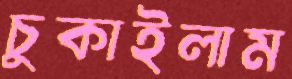
চুকাইলাম